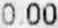
0.00